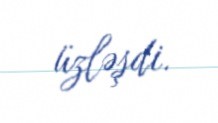
üzləşdi.